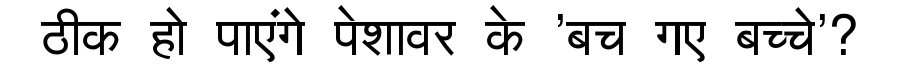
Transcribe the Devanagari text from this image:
ठीक हो पाएंगे पेशावर के 'बच गए बच्चे'?